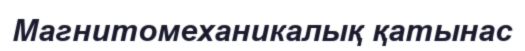
Магнитомеханикалық қатынас